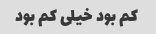
کم بود خیلی کم بود